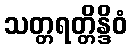
သတ္တရတ္တိန္ဒိဝံ